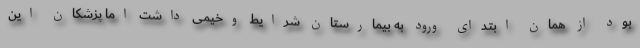
بود از همان ابتدای ورود به بیمارستان شرایط وخیمی داشت اما پزشکان این